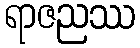
ရာဇညဿ